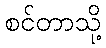
စင်တာသို့